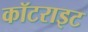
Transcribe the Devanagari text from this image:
कॉटराइट